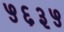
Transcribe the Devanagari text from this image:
५६३५